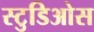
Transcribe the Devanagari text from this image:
स्टुडिओस